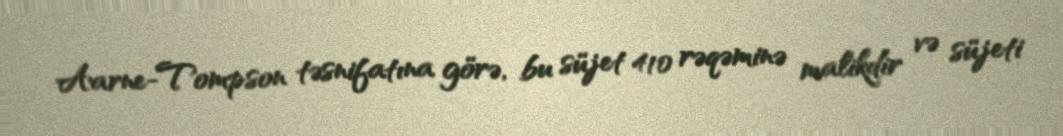
Aarne-Tompson təsnifatına görə, bu süjet 410 rəqəminə malikdir və süjeti